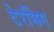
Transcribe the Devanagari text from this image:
टेरसिंग